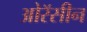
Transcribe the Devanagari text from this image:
ओरॅसीन